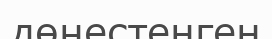
дөңестенген